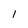
Character: 1